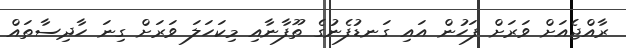
ރާއްޖެއަށް ވަރަށް ފަހުން އައި ގަނޑުފެނުގެ ތޫފާނާއި މިކަހަލަ ވަރަށް ގިނަ ހާދިސާތައް